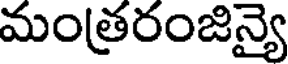
మంత్రరంజిన్యై